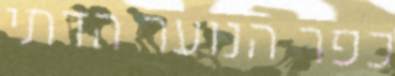
כפר הנוער הדתי